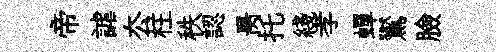
帝謔厺柱秩認昺托綫孝蟬鸑臉